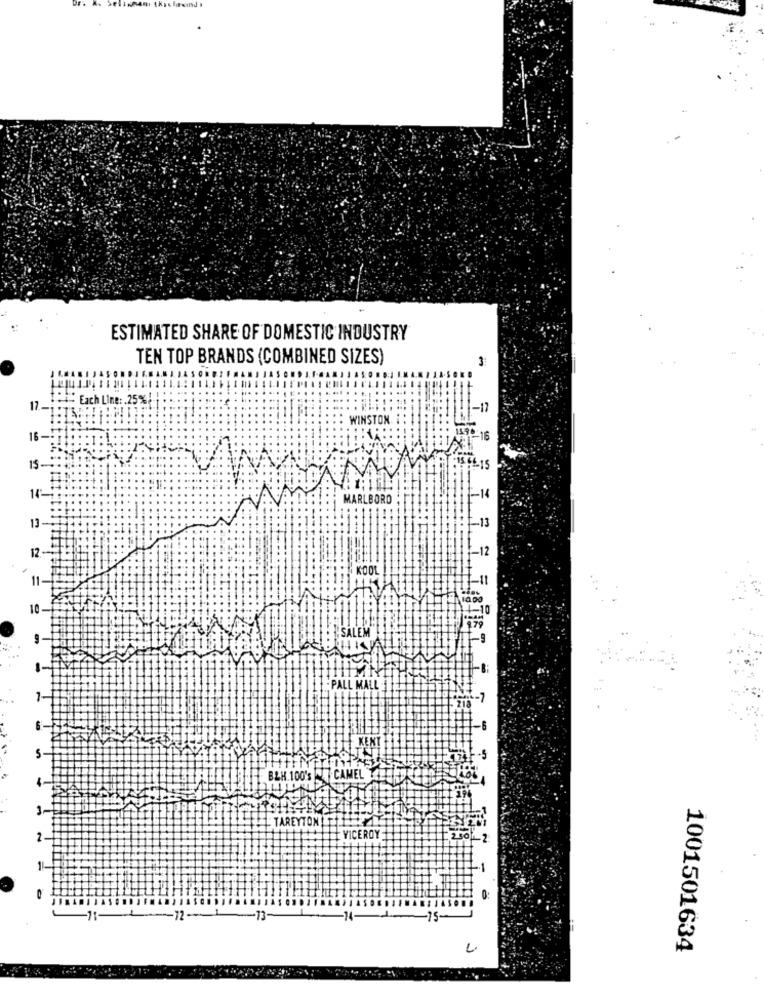
ESTIMATED SHARE OF DOMESTIC INDUSTRY
TEN TOP BRANDS (COMBINED SIZES)
3
Each Line :. 25%
17 .-
-17
WINSTON
16
15.
14-
MARLBORO
-14
13-
-- 13
12-
-12
KOOL
111
-11
10-
- SALEM
7 7 7 787ET.
B&H.100's CAMEL
TAREYTON!
VICEROY
11-
-12-1
-13
-15.
L
1001501634